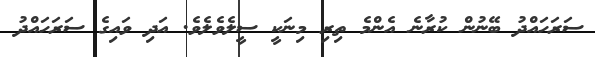
ސަރަހައްދު ބޭނުން ކުރާނެ އެންމެ ތިރި މިނަކީ ސީލެވެލެވެ. އަދި ވައިގެ ސަރަހައްދު